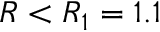
R < R _ { 1 } = 1 . 1